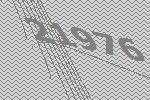
21976